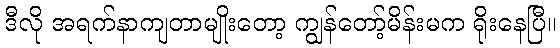
ဒီလို အရက်နာကျတာမျိုးတော့ ကျွန်တော့်မိန်းမက ရိုးနေပြီ။